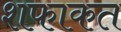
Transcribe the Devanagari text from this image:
शफाकत